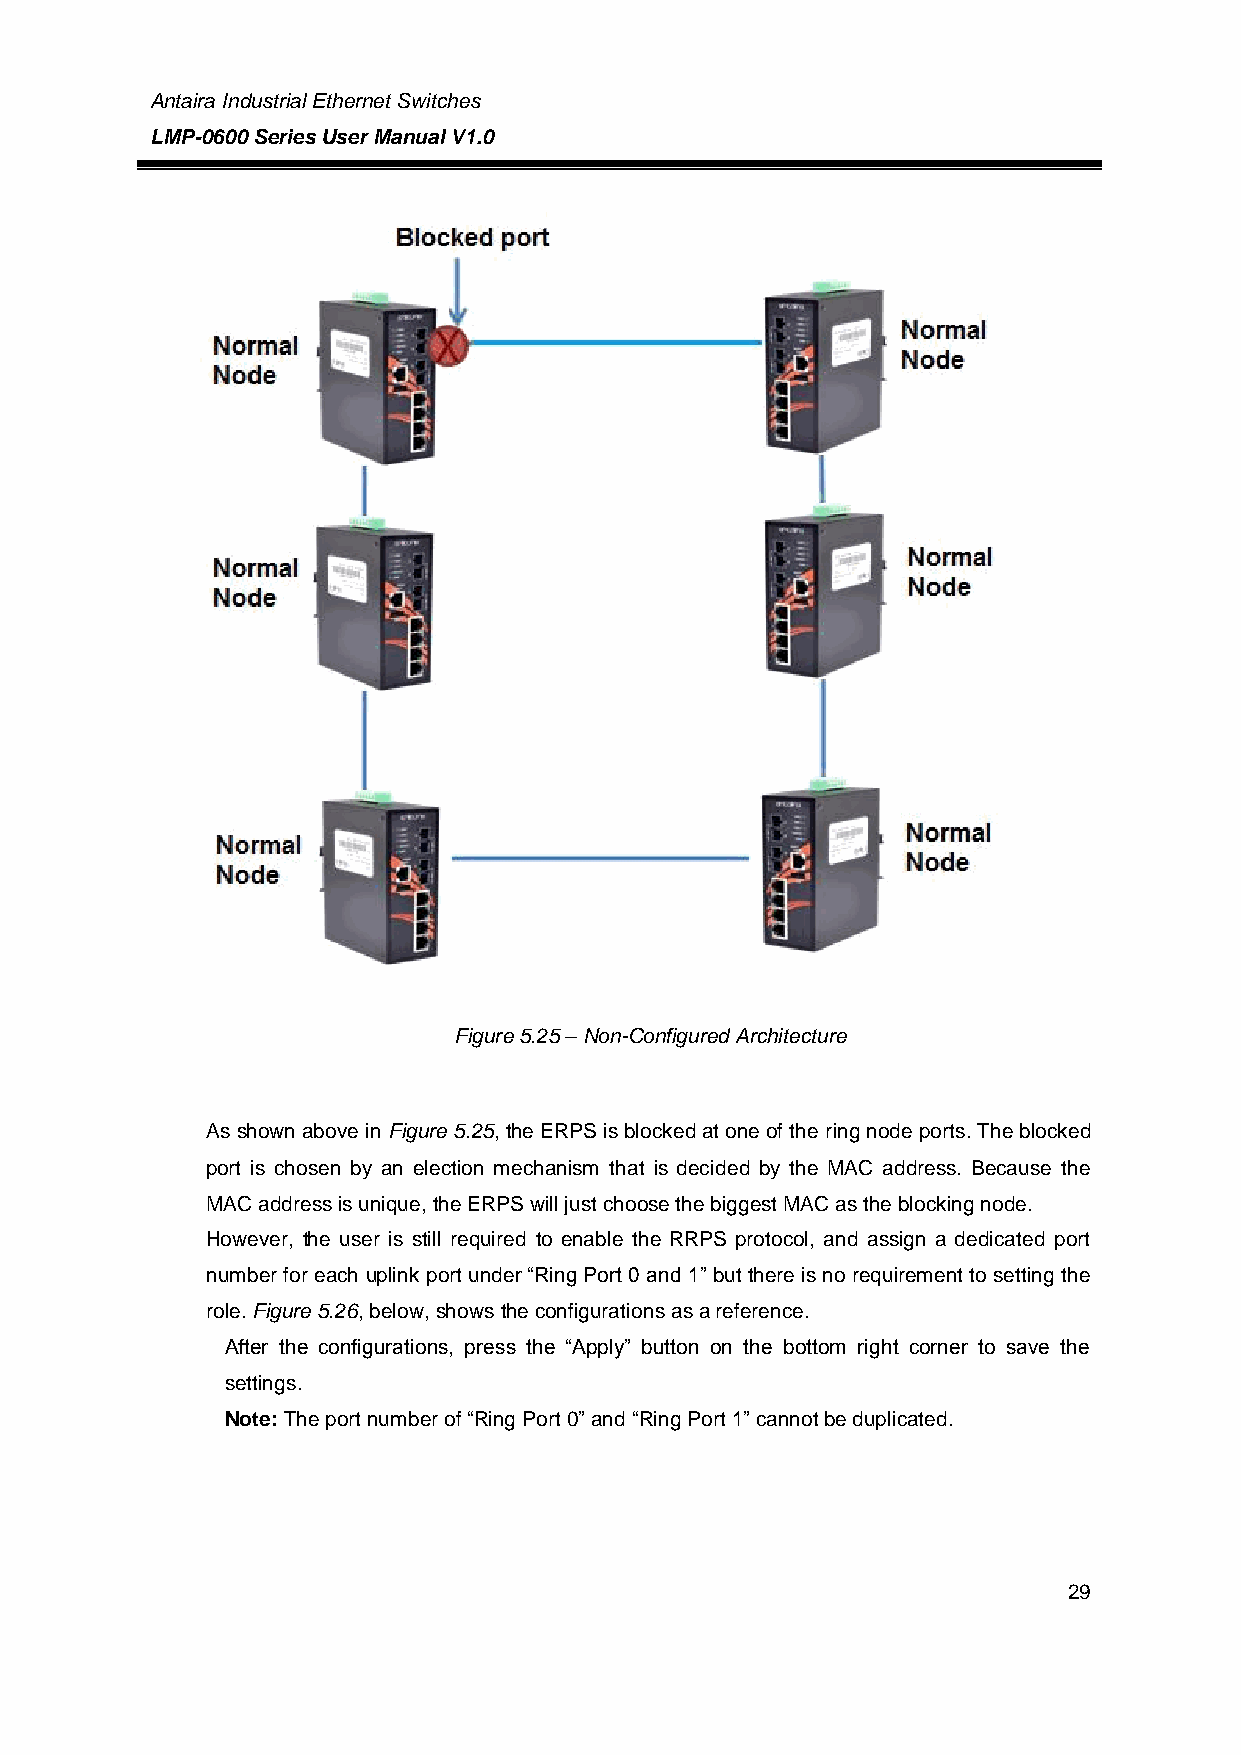
Antaira Industrial Ethernet Switches
 LMP-0600 Series User Manual V1.0
 Figure 5.25 – Non-Configured Architecture
 As shown above in Figure 5.25, the ERPS is blocked at one of the ring node ports. The blocked
 port is chosen by an election mechanism that is decided by the MAC address. Because the
 MAC address is unique, the ERPS will just choose the biggest MAC as the blocking node.
 However, the user is still required to enable the RRPS protocol, and assign a dedicated port
 number for each uplink port under “Ring Port 0 and 1” but there is no requirement to setting the
 role. Figure 5.26, below, shows the configurations as a reference.
 After the configurations, press the “Apply” button on the bottom right corner to save the
 settings.
 Note: The port number of “Ring Port 0” and “Ring Port 1” cannot be duplicated.
 29